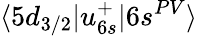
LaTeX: \langle 5d_{3/2}|u_{6s}^{+}|6s^{PV}\rangle